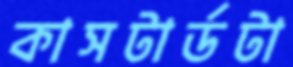
কাসটার্ডটা